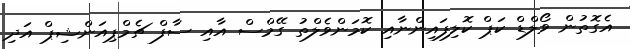
އެގޮތުން ވޯލްޑް ކަޕް ކޮލިފައިންނާއި ކޮމަންވެލްތު ގޭމްސް އާއި ސާފް ޗެމްޕިއަންޝިޕް އަދި